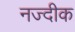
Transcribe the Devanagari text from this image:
नज्दीक